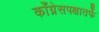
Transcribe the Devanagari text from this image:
काँग्रेसपक्षातर्फे